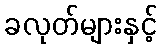
ခလုတ်များနှင့်